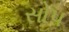
સોપ